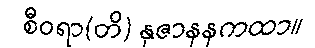
စီဝရာ(တိ) နုဇာနနကထာ။